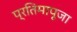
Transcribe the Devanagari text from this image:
प्रतिमापूजा